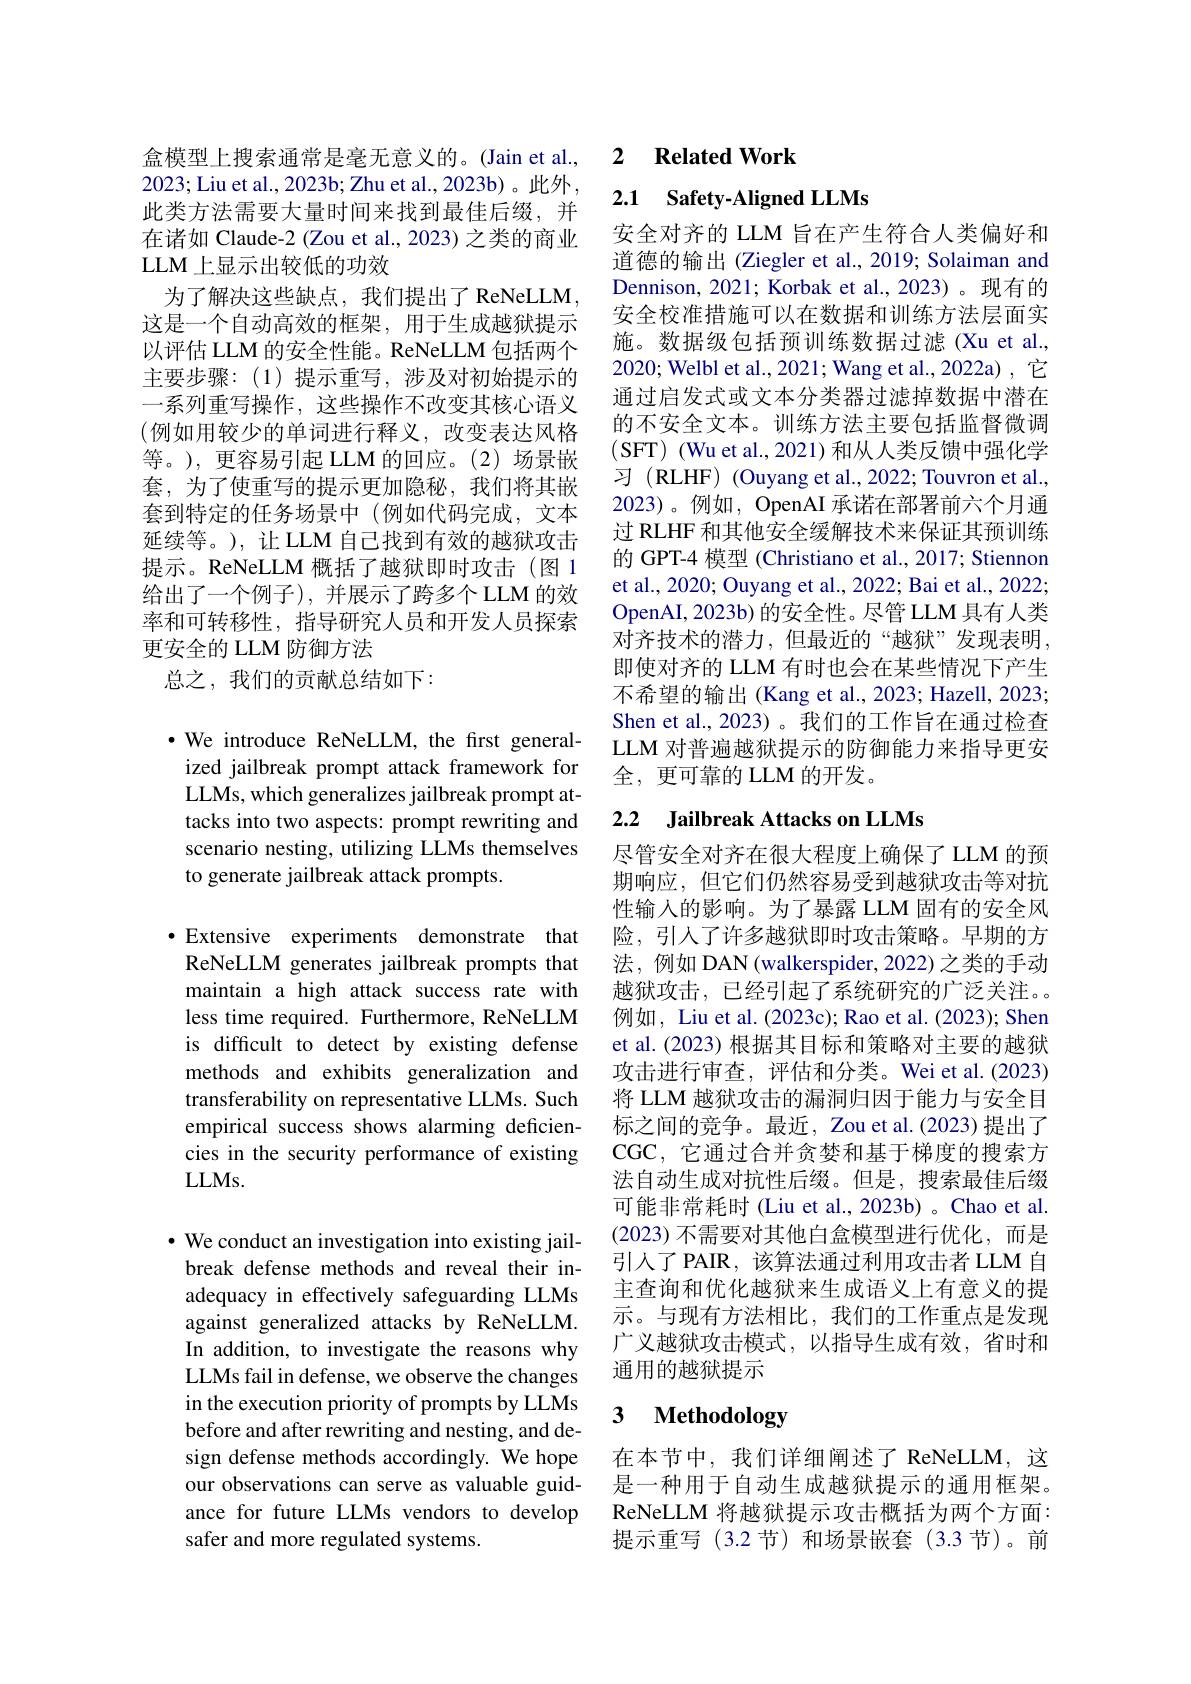
### LLM 上显示出较低的功效

2023; Liu et al., 2023b; Zhu et al., 2023b)。此外， 此类方法需要大量时间来找到最佳后缀，并在诸如 Claude-2 (Zou et al., 2023) 之类的商业
为了解决这些缺点，我们提出了ReNeLLM， 这是一个自动高效的框架，用于生成越狱提示以评估 LLM 的安全性能。ReNeLLM 包括两个主要步骤：(1)提示重写，涉及对初始提示的一系列重写操作，这些操作不改变其核心语义(例如用较少的单词进行释义，改变表达风格等。),更容易引起 LLM 的回应。(2)场景嵌套，为了使重写的提示更加隐秘，我们将其嵌套到特定的任务场景中(例如代码完成，文本延续等。),让LLM 自己找到有效的越狱攻击提示。ReNeLLM 概括了越狱即时攻击(图 1给出了一个例子),并展示了跨多个LLM 的效率和可转移性，指导研究人员和开发人员探索更安全的 LLM 防御方法
总之，我们的贡献总结如下：

$\cdot$ We introduce ReNeLLM, the frst generalized jailbreak prompt attack framework for LLMs, which generalizes jailbreak prompt attacks into two aspects: prompt rewriting and scenario nesting, utilizing LLMs themselves to generate jailbreak attack prompts.

·Extensive experiments demonstrate that ReNeLLM generates jailbreak prompts that maintain a high attack success rate with less time required. Furthermore, ReNeLLM is difficult to detect by existing defense methods and exhibits generalization and transferability on representative LLMs. Such empirical success shows alarming deficiencies in the security performance of existing $LLMs.$

$\bullet$ We conduct an investigation into existing jailbreak defense methods and reveal their inadequacy in effectively safeguarding LLMs against generalized attacks by ReNeLLM. In addition, to investigate the reasons why LLMs fail in defense, we observe the changes in the execution priority of prompts by LLMs before and after rewriting and nesting, and design defense methods accordingly. We hope our observations can serve as valuable guidance for future LLMs vendors to develop safer and more regulated systems.

盒模型上搜索通常是毫无意义的。(Jain et al., 2 Related Work

2.1 $\textbf{Safety- Aligned LLMs}$

安全对齐的 LLM 旨在产生符合人类偏好和道德的输出 (Ziegler et al., 2019; Solaiman and Dennison, 2021; Korbak et al., 2023)。现有的安全校准措施可以在数据和训练方法层面实施。数据级包括预训练数据过滤(Xu et al., 2020; Welbl et al., 2021; Wang et al., 2022a) , 它通过启发式或文本分类器过滤掉数据中潜在的不安全文本。训练方法主要包括监督微调(SFT) (Wu et al., 2021) 和从人类反馈中强化学习 ( RLHF) ( Ouyang et al. , 2022; Touvron et al. 2023)。例如，OpenAI 承诺在部署前六个月通过 RLHF 和其他安全缓解技术来保证其预训练的 GPT-4 模型 (Christiano et al., 2017; Stiennon et al., 2020; Ouyang et al., 2022; Bai et al., 2022; OpenAI, 2023b) 的安全性。尽管 LLM 具有人类对齐技术的潜力，但最近的“越狱”发现表明， 即使对齐的 LLM 有时也会在某些情况下产生不希望的输出(Kang et al., 2023; Hazell, 2023; Shen et al., 2023)。我们的工作旨在通过检查LLM 对普遍越狱提示的防御能力来指导更安全，更可靠的 LLM 的开发。

## 2.2 Jailbreak Attacks on LLMs

尽管安全对齐在很大程度上确保了 LLM 的预期响应，但它们仍然容易受到越狱攻击等对抗性输入的影响。为了暴露 LLM 固有的安全风险，引人了许多越狱即时攻击策略。早期的方法，例如 DAN(walkerspider, 2022) 之类的手动越狱攻击，已经引起了系统研究的广泛关注。例如，Liu et al. (2023c); Rao et al. (2023); Shen et al.(2023) 根据其目标和策略对主要的越狱攻击进行审查，评估和分类。Wei et al.(2023) 将 LLM 越狱攻击的漏洞归因于能力与安全目标之间的竞争。最近，Zou et al.(2023) 提出了CGC, 它通过合并贪婪和基于梯度的搜索方法自动生成对抗性后缀。但是，搜索最佳后缀可能非常耗时 (Liu et al., 2023b) 。Chao et al. (2023) 不需要对其他白盒模型进行优化，而是引人了PAIR，该算法通过利用攻击者 LLM 自主查询和优化越狱来生成语义上有意义的提示。与现有方法相比，我们的工作重点是发现广义越狱攻击模式，以指导生成有效，省时和通用的越狱提示

## 3 $\textbf{Methodology}$

在本节中，我们详细阐述了 ReNeLLM,这是一种用于自动生成越狱提示的通用框架。ReNeLLM 将越狱提示攻击概括为两个方面： 提示重写(3.2节)和场景嵌套(3.3节)。前